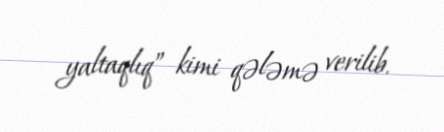
yaltaqlıq” kimi qələmə verilib.